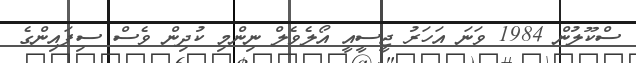
ސްކޫލުން 1984 ވަނަ އަހަރު ޖީސީއީ އޯލެވެލް ނިންމި ކުދިން ވެސް ސިފައިންގެ